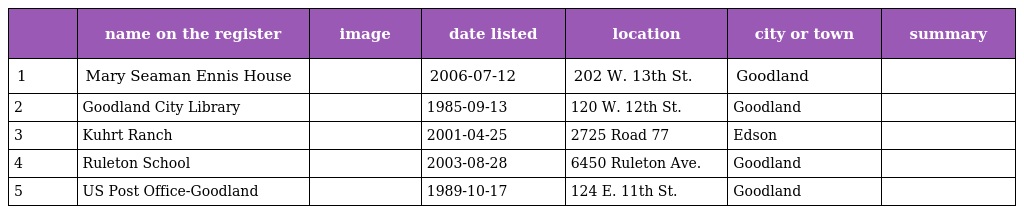
|  | name on the register | image | date listed | location | city or town | summary |
 | --- | --- | --- | --- | --- | --- | --- |
 | 1 | Mary Seaman Ennis House |  | 2006-07-12 | 202 W. 13th St. | Goodland |  |
 | 2 | Goodland City Library |  | 1985-09-13 | 120 W. 12th St. | Goodland |  |
 | 3 | Kuhrt Ranch |  | 2001-04-25 | 2725 Road 77 | Edson |  |
 | 4 | Ruleton School |  | 2003-08-28 | 6450 Ruleton Ave. | Goodland |  |
 | 5 | US Post Office-Goodland |  | 1989-10-17 | 124 E. 11th St. | Goodland |  |